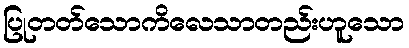
ပြုတတ်သောကိလေသာတည်းဟူသော